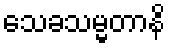
သေခသမ္မတာနိ